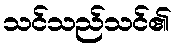
သင်သည်သင်၏